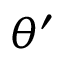
\theta ^ { \prime }